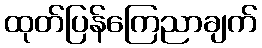
ထုတ်ပြန်ကြေညာချက်